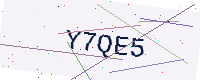
Text: Y7QE5